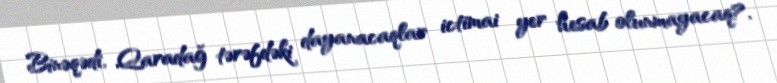
Binəqədi, Qaradağ tərəfdəki dayanacaqlar ictimai yer hesab olunmayacaq?.